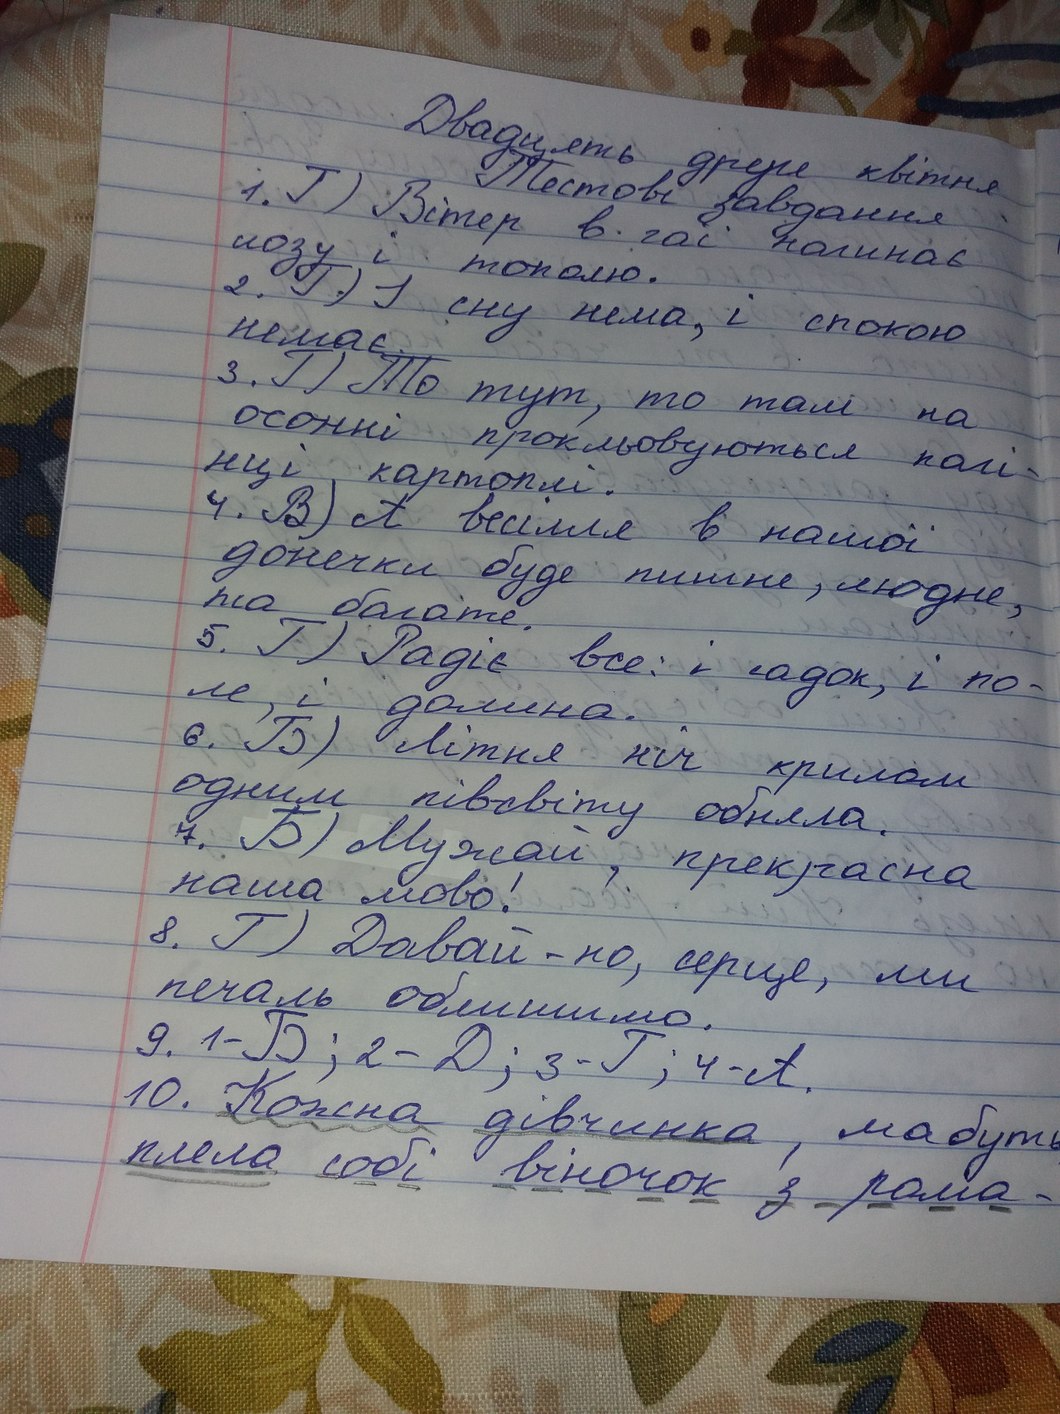
Двадцять друге квітня
Тестові завдання
1. Г) Вітер в гаї погинає
лозу і тополю.
2. Г) І ні сну нема, спокою
немає.
3. Г) То тут, то там на
осонні прокльовуються колі-
нці  картоплі.
4. В) А весілля в нашої
донечки буде пишне, людне,
та багате.
5. Г) Радіє все: і садок, і по-
ле, і долина.
6. Б) Літня ніч крилом
одним півсвіту обняла.
7.Б) Мужай, прекрасна
наша мово!
8. Г) Давай-но, сердце, ми
печаль облишимо.
9. 1- Б; 2- Д; 3- Г; 4- А.
10. Кожна дівчинка мабуть
плела собі віночок з рома -